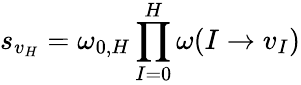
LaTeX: s_{v_{H}}=\omega_{0,H}\prod_{I=0}^{H}\omega(I\to v_{I})